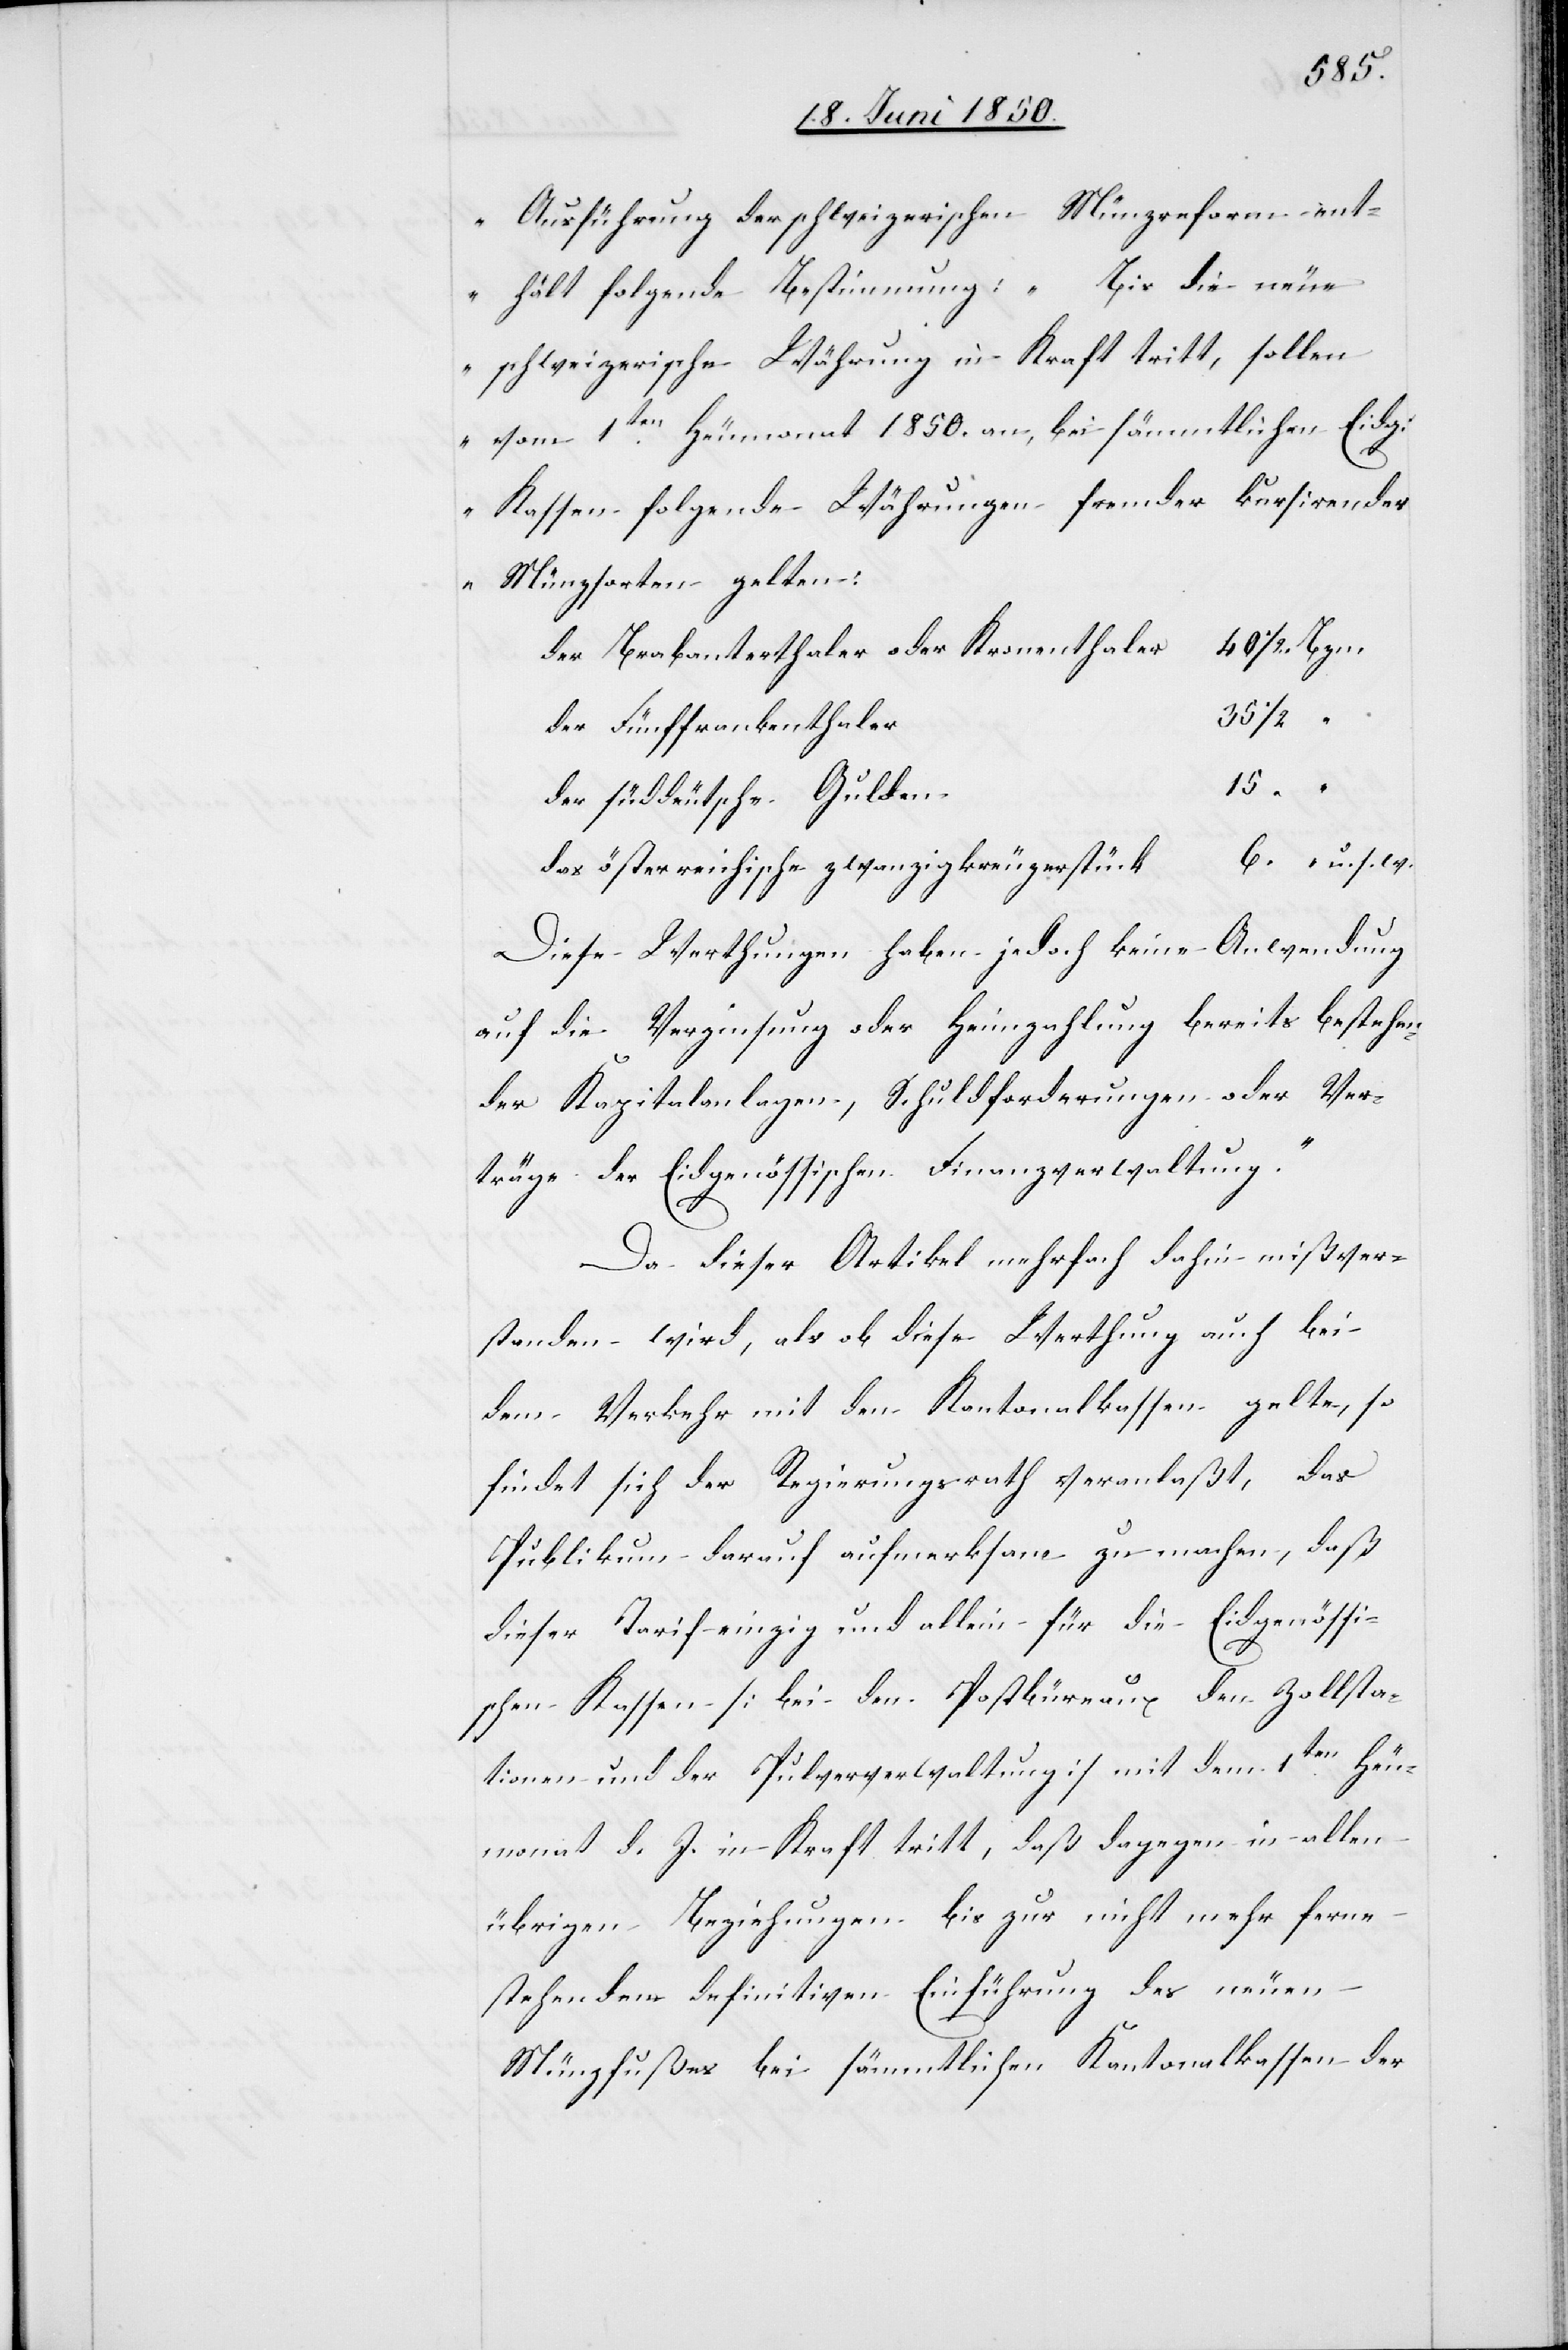
Ausführung der schweizerischen Münzreform ent¬
hält folgende Bestimmung: Bis die neue
schweizerische Währung in Kraft tritt, sollen
vom 1ten Heumonat 1850. an, bei sämmtlichen Eidg:
Kassen folgende Währungen fremder kursirender
Münzsorten gelten:
r	40 1/2 Bzn.
der Brabanterthaler oder Kronenthale¬
der Fünffrankenthale¬
w.
der süddeutsche Gulde¬
das österreichische zwanzigkreuzerstück
Diese Werthungen haben jedoch keine Anwendung
auf die Verzinsung oder Heimzahlung bereits bestehen¬
der Kapitalanlagen, Schuldforderungen oder Ver¬
träge der Eidgenössischen Finanzverwaltung.“
Da dieser Artikel mehrfach dahin mißver¬
standen wird, als ob diese Werthung auch bei
dem Verkehr mit den Kantonalkassen gelte, so
findet sich der Regierungsrath veranlaßt, das
Publikum darauf aufmerksam zu machen, daß
dieser Tarif einzig und allein für die Eidgenössi¬
schen Kassen [bei den Postbüreau, den Zollsta¬
tionen und der Pulververwaltung] mit dem 1ten Heu¬
monat d. J. in Kraft tritt, daß dagegen in allen
übrigen Beziehungen bis zur nicht mehr ferne
stehenden definitiven Einführung des neuen
Münzfußes bei sämmtlichen Kantonalkassen der